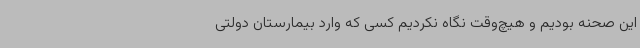
این صحنه بودیم و هیچ‌وقت نگاه نکردیم کسی که وارد بیمارستان دولتی